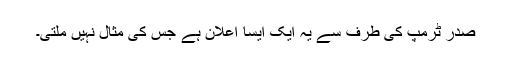
صدر ٹرمپ کی طرف سے یہ ایک ایسا اعلان ہے جس کی مثال نہیں ملتی۔